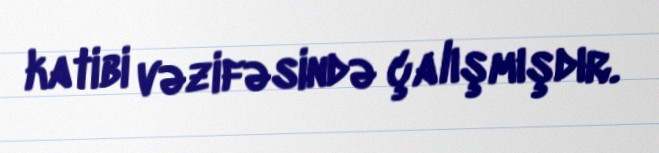
katibi vəzifəsində çalışmışdır.